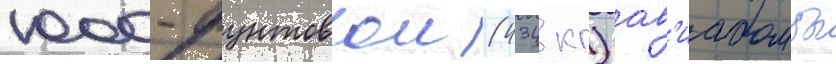
1000-фунтовои (434 кг) ав'иабомбы